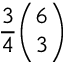
{ \frac { 3 } { 4 } } { \binom { 6 } { 3 } }